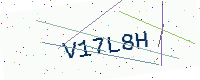
Text: V17L8H